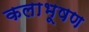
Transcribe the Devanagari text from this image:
कलाभूषण